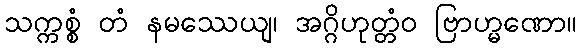
သက္ကစ္စံ တံ နမဿေယျ၊ အဂ္ဂိဟုတ္တံဝ ဗြာဟ္မဏော။